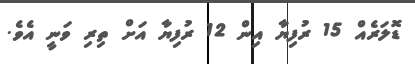
ޑޮލަރެއް 15 ރުފިޔާ އިން 12 ރުފިޔާ އަށް ތިރި ވަނީ އެވެ.